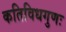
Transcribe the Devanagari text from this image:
कतिविधगुणः